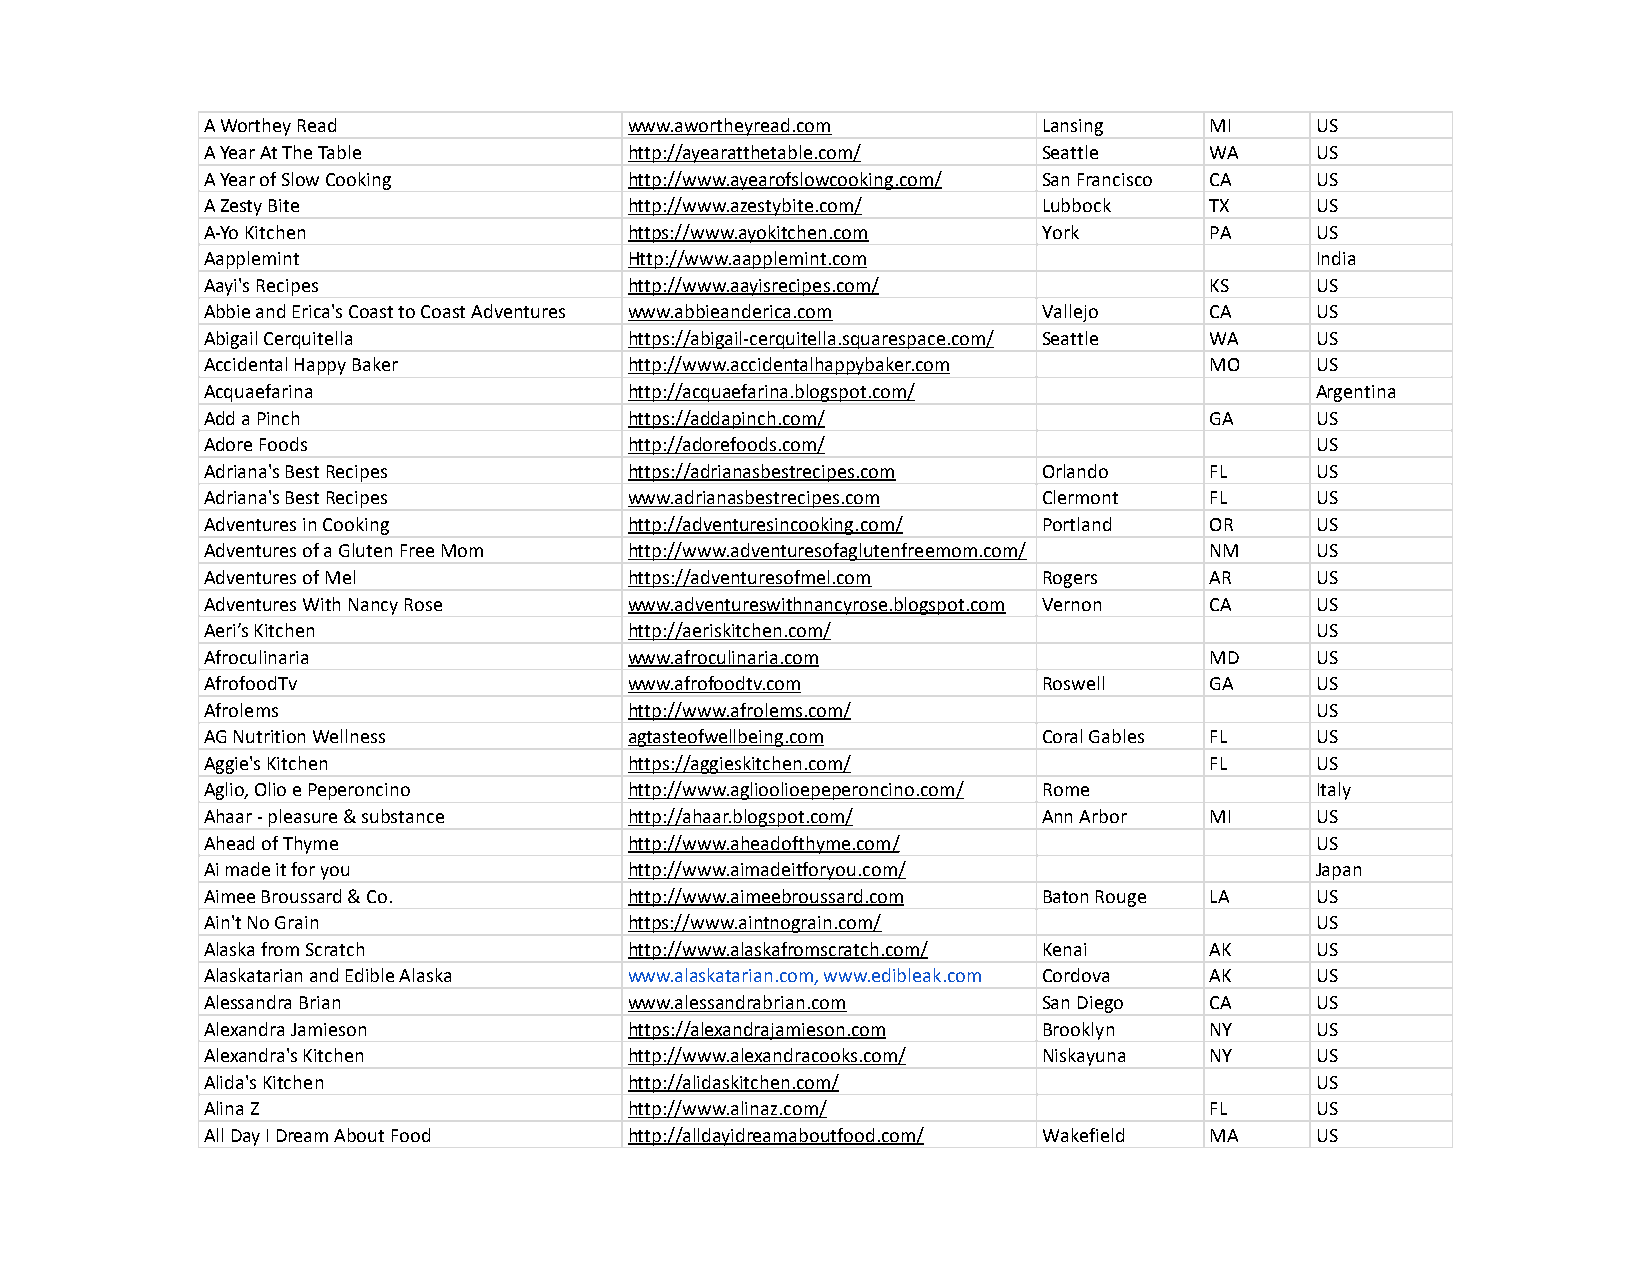
A Worthey Read              www.awortheyread.com       Lansing    MI     US
 A Year At The Table         http://ayearatthetable.com/ Seattle   WA     US
 A Year of Slow Cooking      http://www.ayearofslowcooking.com/ San Francisco CA US
 A Zesty Bite                http://www.azestybite.com/ Lubbock    TX     US
 A-Yo Kitchen                https://www.ayokitchen.com York       PA     US
 Aapplemint                  Http://www.aapplemint.com                    India
 Aayi's Recipes              http://www.aayisrecipes.com/          KS     US
 Abbie and Erica's Coast to Coast Adventures www.abbieanderica.com Vallejo CA US
 Abigail Cerquitella         https://abigail-cerquitella.squarespace.com/ Seattle WA US
 Accidental Happy Baker      http://www.accidentalhappybaker.com   MO     US
 Acquaefarina                http://acquaefarina.blogspot.com/            Argentina
 Add a Pinch                 https://addapinch.com/                GA     US
 Adore Foods                 http://adorefoods.com/                       US
 Adriana's Best Recipes      https://adrianasbestrecipes.com Orlando FL   US
 Adriana's Best Recipes      www.adrianasbestrecipes.com Clermont  FL     US
 Adventures in Cooking       http://adventuresincooking.com/ Portland OR  US
 Adventures of a Gluten Free Mom http://www.adventuresofaglutenfreemom.com/ NM US
 Adventures of Mel           https://adventuresofmel.com Rogers    AR     US
 Adventures With Nancy Rose  www.adventureswithnancyrose.blogspot.com Vernon CA US
 Aeri’s Kitchen              http://aeriskitchen.com/                     US
 Afroculinaria               www.afroculinaria.com                 MD     US
 AfrofoodTv                  www.afrofoodtv.com         Roswell    GA     US
 Afrolems                    http://www.afrolems.com/                     US
 AG Nutrition Wellness       agtasteofwellbeing.com     Coral Gables FL   US
 Aggie's Kitchen             https://aggieskitchen.com/            FL     US
 Aglio, Olio e Peperoncino   http://www.aglioolioepeperoncino.com/ Rome   Italy
 Ahaar - pleasure & substance http://ahaar.blogspot.com/ Ann Arbor MI     US
 Ahead of Thyme              http://www.aheadofthyme.com/                 US
 Ai made it for you          http://www.aimadeitforyou.com/               Japan
 Aimee Broussard & Co.       http://www.aimeebroussard.com Baton Rouge LA US
 Ain't No Grain              https://www.aintnograin.com/                 US
 Alaska from Scratch         http://www.alaskafromscratch.com/ Kenai AK   US
 Alaskatarian and Edible Alaska www.alaskatarian.com, www.edibleak.com Cordova AK US
 Alessandra Brian            www.alessandrabrian.com    San Diego  CA     US
 Alexandra Jamieson          https://alexandrajamieson.com Brooklyn NY    US
 Alexandra's Kitchen         http://www.alexandracooks.com/ Niskayuna NY  US
 Alida's Kitchen             http://alidaskitchen.com/                    US
 Alina Z                     http://www.alinaz.com/                FL     US
 All Day I Dream About Food  http://alldayidreamaboutfood.com/ Wakefield MA US